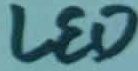
Text: LED